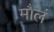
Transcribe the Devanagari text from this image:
मौलं